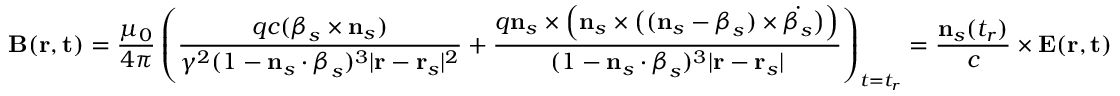
\mathbf { B } ( \mathbf { r } , \mathbf { t } ) = { \frac { \mu _ { 0 } } { 4 \pi } } \left( { \frac { q c ( { \boldsymbol { \beta } } _ { s } \times \mathbf { n } _ { s } ) } { \gamma ^ { 2 } ( 1 - \mathbf { n } _ { s } \cdot { \boldsymbol { \beta } } _ { s } ) ^ { 3 } | \mathbf { r } - \mathbf { r } _ { s } | ^ { 2 } } } + { \frac { q \mathbf { n } _ { s } \times { \Big ( } \mathbf { n } _ { s } \times { \big ( } ( \mathbf { n } _ { s } - { \boldsymbol { \beta } } _ { s } ) \times { \dot { { \boldsymbol { \beta } } _ { s } } } { \big ) } { \Big ) } } { ( 1 - \mathbf { n } _ { s } \cdot { \boldsymbol { \beta } } _ { s } ) ^ { 3 } | \mathbf { r } - \mathbf { r } _ { s } | } } \right) _ { t = t _ { r } } = { \frac { \mathbf { n } _ { s } ( t _ { r } ) } { c } } \times \mathbf { E } ( \mathbf { r } , \mathbf { t } )